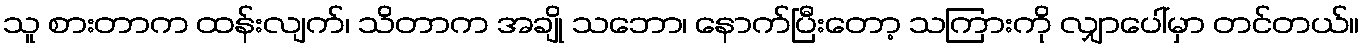
သူ စားတာက ထန်းလျက်၊ သိတာက အချို သဘော၊ နောက်ပြီးတော့ သကြားကို လျှာပေါ်မှာ တင်တယ်။